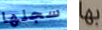
سجلها بها